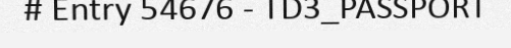
# Entry 54676 - TD3_PASSPORT